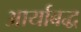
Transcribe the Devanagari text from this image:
आर्याबद्ध